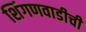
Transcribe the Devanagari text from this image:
शिंगणवाडीची